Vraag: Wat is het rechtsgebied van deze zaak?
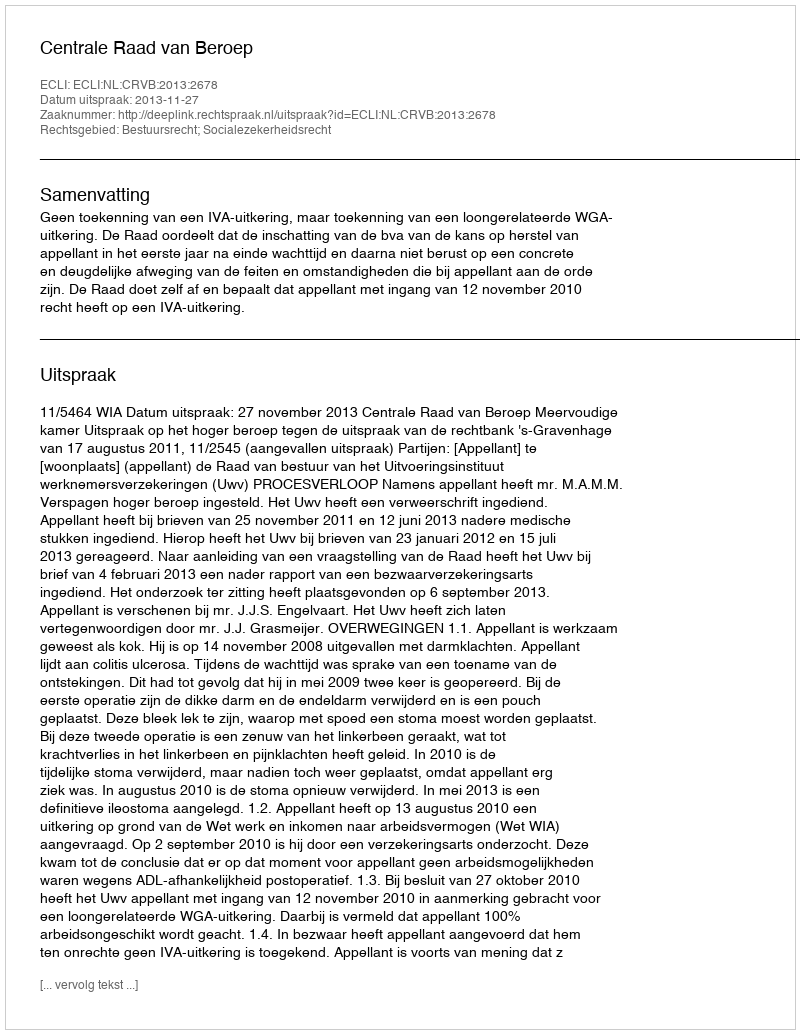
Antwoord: Bestuursrecht; Socialezekerheidsrecht